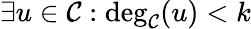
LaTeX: \exists u\in\mathcal{C}:\deg_{\mathcal{C}}(u)<k